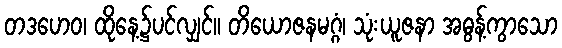
တဒဟေဝ၊ ထိုနေ့၌ပင်လျှင်။ တိယောဇနမဂ္ဂံ၊ သုံးယူဇနာ အဓွန့်ကွာသော